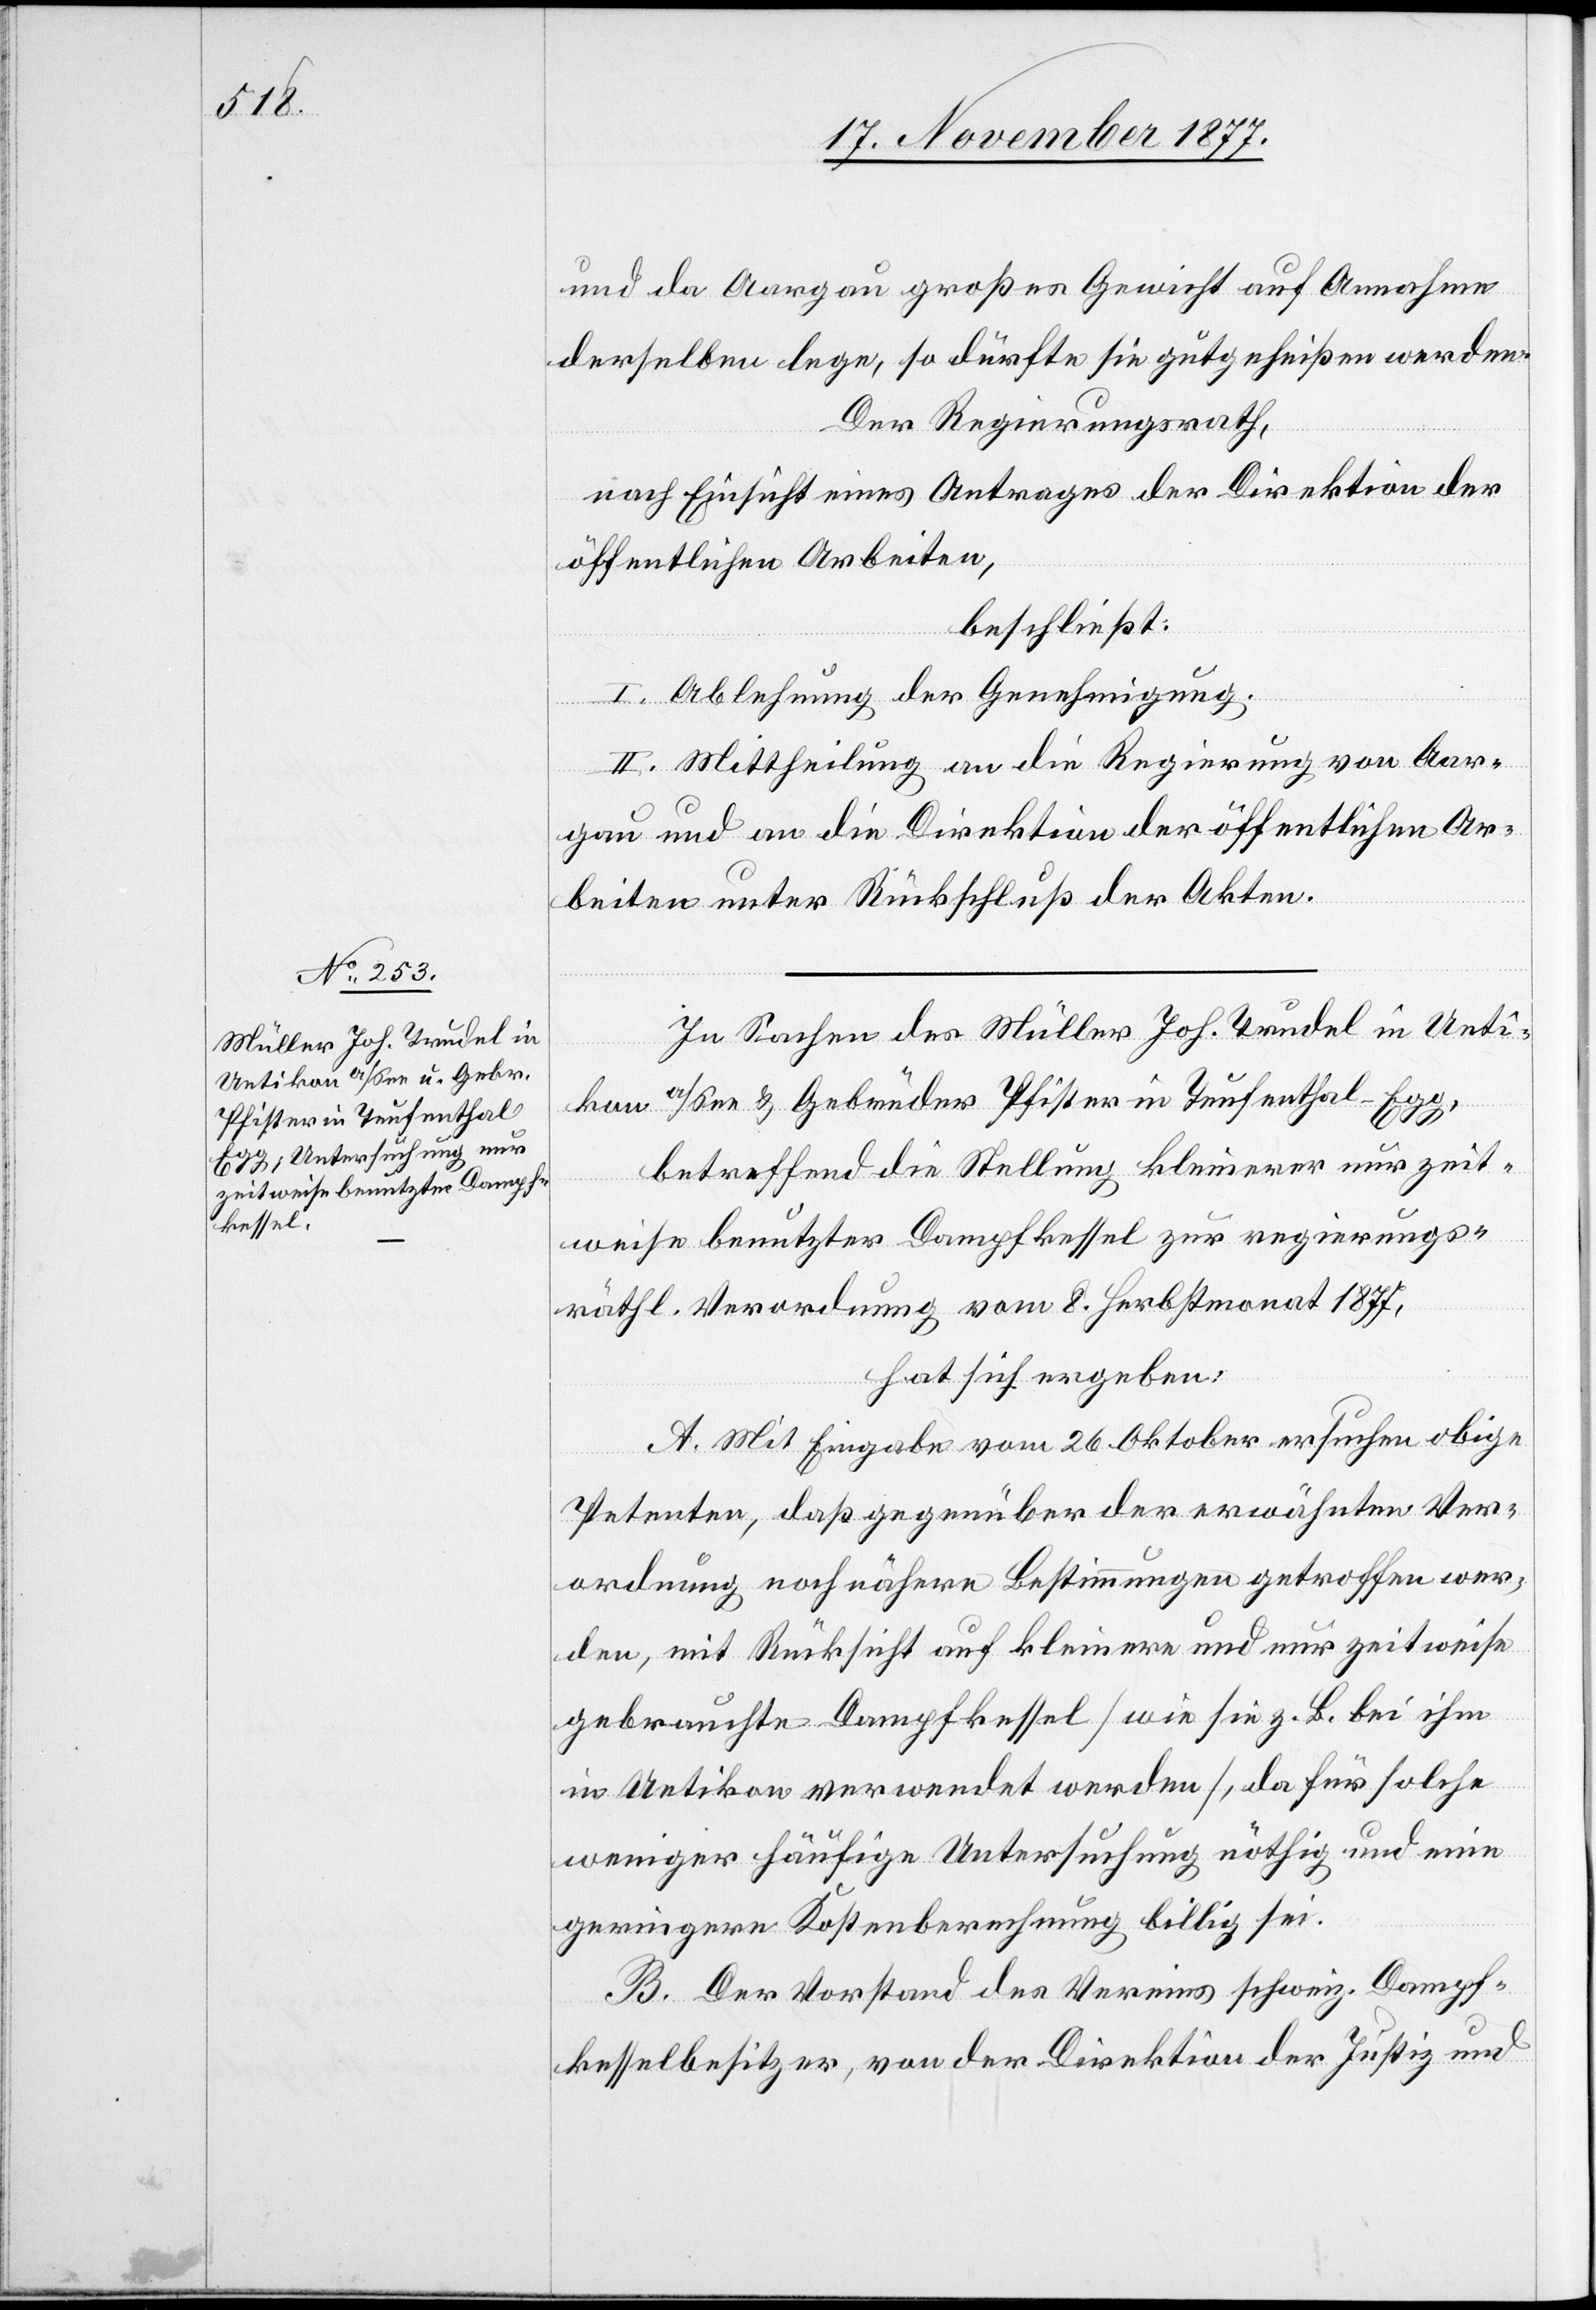
und da Aargau großes Gewicht auf Annahme
derselben lege, so dürfte sie gutgeheißen werden.
Der Regierungsrath,
nach Einsicht eines Antrages der Direktion der
öffentlichen Arbeiten,
beschließt:
I. Ablehnung der Genehmigung.
II. Mittheilung an die Regierung von Aar¬
gau und an die Direktion der öffentlichen Ar¬
beiten unter Rückschluß der Akten.
In Sachen des Müller Joh. Trudel in Ueti¬
kon a/See & Gebrüder Pfister in Teufenthal
betreffend die Stellung kleinerer nur zeit¬
weise benutzter Dampfkessel zur regierungs¬
räthl. Verordnung vom 8. Herbstmonat 1877,
hat sich ergeben:
A. Mit Eingabe vom 26. Oktober ersuchen obige
Petenten, daß gegenüber der erwähnten Ver¬
ordnung noch nähere Bestimmungen getroffen wer¬
den, mit Rücksicht auf kleinere und nur zeitweise
gebrauchte Dampfkessel [wie sie z. B. bei ihm
in Uetikon verwendet werden], da für solche
weniger häufige Untersuchung nöthig und eine
geringere Kostenberechnung billig sei.
B. Der Vorstand des Vereins schweiz. Dampf¬
kesselbesitzer, von der Direktion der Justiz und